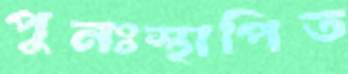
পুনঃস্থাপিত